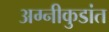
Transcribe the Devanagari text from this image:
अग्नीकुडांत